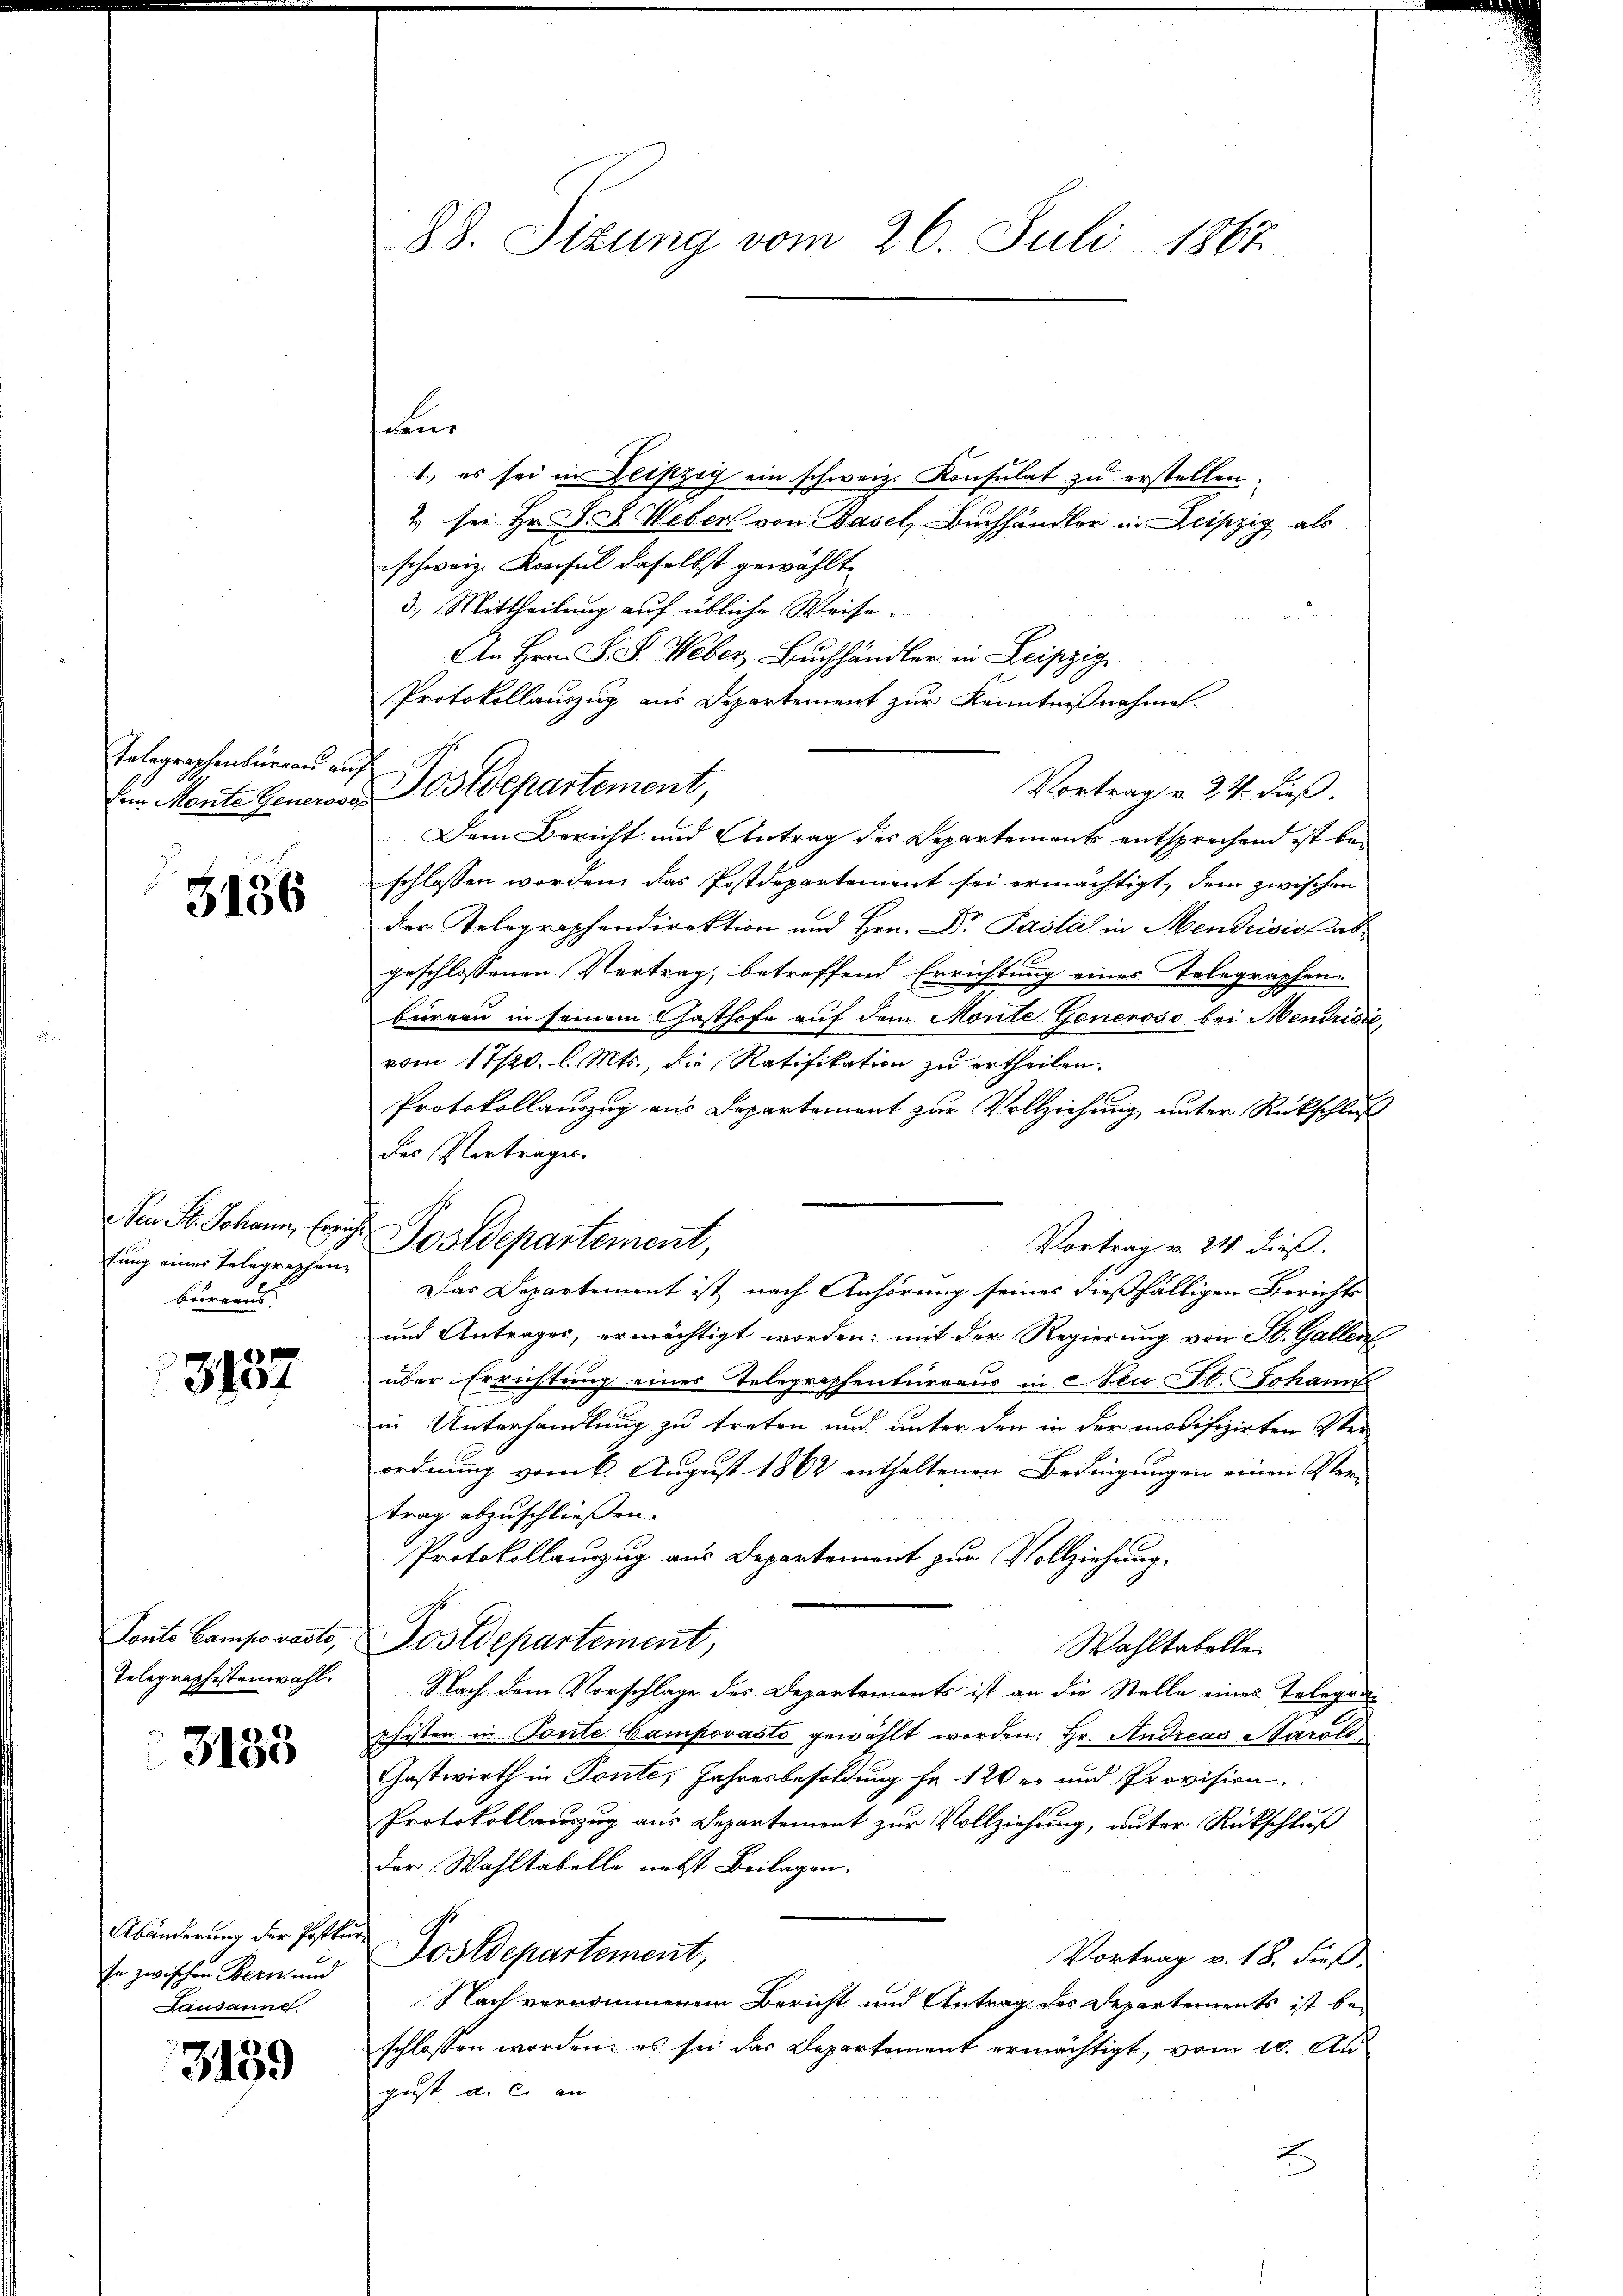
Telegraphenbureau an
Dem Monte Generose

3456

Aen St. Johann, Ereige
tung eines Telegraphen
bürens

e
3101

Tante Camporats,
Telegraphistenwahl.

3133

Abänderung der Posten
Er zwischen Bern und
Lausanne

3139

88. Sizung vom 26. Juli 1867

en
1., es sei in Diszig ein schweiz. Konsulat zu erstellen.
2. sei. Hr. D. S. Weber von Basel, Buchhändler in Leipzig als
schweiz. Konsul daselbst gewählte
3.) Mittheilung auf übliche Weise.
An Hrn. F. S. Weber Buchhändler in Leipzig
Protokollauszug aus Departement zur Kenntnißnahmen.
h
Postdepartement,
Vortrag v. 24. dieß.
Dem Bericht und Antrag des Departements entsprechend ist beschlossen worden, das Postdepartement sei ermächtigt, dem zwischen
der Telegraphendirektion und Hrn. Dr Pasta in Mendrision abgeschlossenen Vertrag, betreffend Errichtung eines Telegraphen-
bürnen in seinem Gasthofe auf dem Monte Generoso bei Mendrisie
vom 17/20. l. Mts., die Ratifikation zu ertheilen.
Protokollauszug aus Departement zur Vollziehung, unter Rückschluß
des Vertrages
Postdepartement,
Vortrag v. 24. dieß.
Das Departement ist, nach Anhörung seines dießfälligen Berichts
und Antrages, ermächtigt worden; mit der Regierung von St. Gallen
über Errichtung eines Telegraphenbüreaus in Neu St. Johann
in Unterhandlung zu treten und unter den in der modifizirten Verordnung vom 6. August 1862 enthaltenen Bedingungen einen Ver-
trag abzuschließen.
Protokollauszug aus Departement zur Vollziehung.
Postdepartement,
Wahltabelle.
Nach dem Vorschlage des Departements ist an die Stelle eines Telegenshisten in Tonte Campovasto gewählt worden; Hr. Andreas Karol
Gastwirth in Ponte, Jahresbesoldung fr. 120 er und Provision
Protokollauszug aus Departement zur Vollziehung, unter Rückschluß
der Wahltabelle nebst Beilagen.
us
Postdepartement,
Vortrag v. 18. dieß
Nach vernommenem Bericht und Antrag des Departements ist be-
schlossen worden; es sei das Departement ermächtigt, vom 10. August a. c. an
I